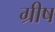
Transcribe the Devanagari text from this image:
ग्रीष